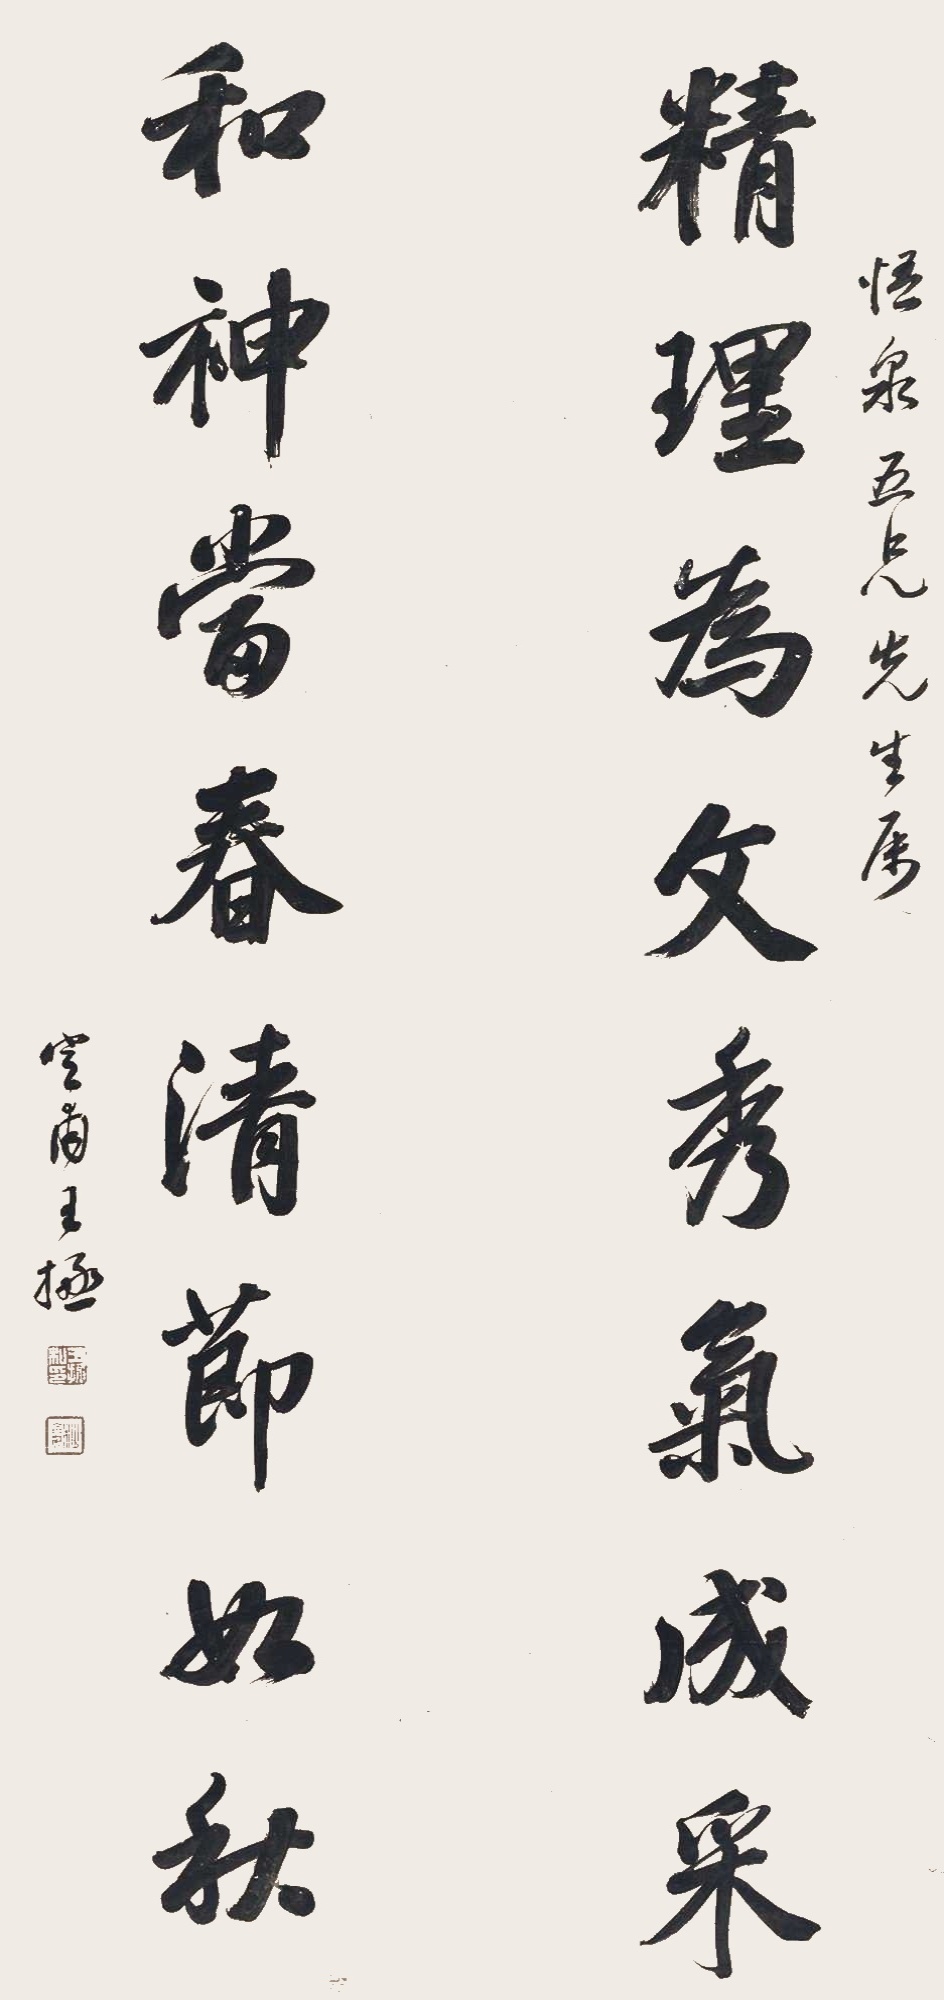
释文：精理为文秀气成采，和神当春清节如秋。悟泉五兄先生属，定甫王拯。